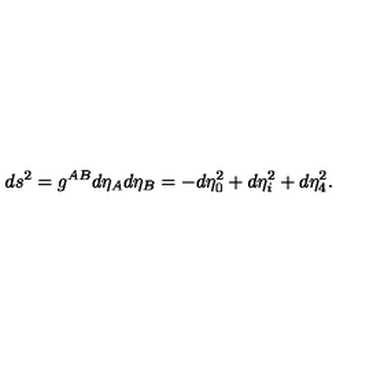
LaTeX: d s ^ { 2 } = g ^ { A B } d \eta _ { A } d \eta _ { B } = - d \eta _ { 0 } ^ { 2 } + d \eta _ { i } ^ { 2 } + d \eta _ { 4 } ^ { 2 } .